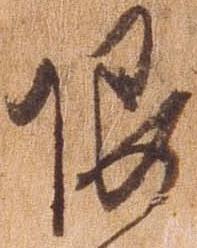
限